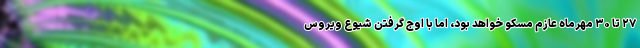
۲۷ تا ۳۰ مهرماه عازم مسکو خواهد بود، اما با اوج گرفتن شیوع ویروس